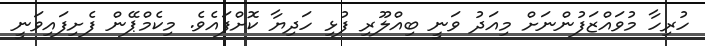
ހުރިހާ މުވައްޒަފުންނަށް މިއަދު ވަނީ ބިއްލޫރި ފުޅި ހަދިޔާ ކޮށްފައެވެ. މިކެމްޕޭން ފެށިފައިވަނީ